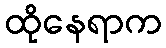
ထိုနေရာက